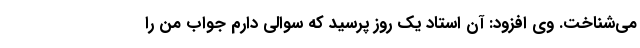
می‌شناخت. وی افزود: آن استاد یک روز پرسید که سوالی دارم جواب من را